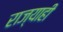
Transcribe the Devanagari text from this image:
राज्याही